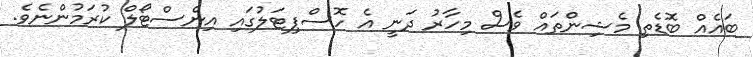
ބައެއް ބޮޑެތި މެޝިންތައް ވެސް މިހާރު ދަނީ އެ ހޮސްޕިޓަލުގައި އިންސްޓޯލް ކުރަމުންނެވެ.